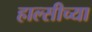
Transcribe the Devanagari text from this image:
हाल्सीच्या